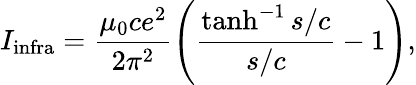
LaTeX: I_{\textrm{infra}}=\frac{\mu_{0}ce^{2}}{2\pi^{2}}\left(\frac{\operatorname{tanh}^{-1}s/c}{s/c}-1\right),